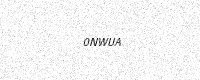
Text: 0NWUA